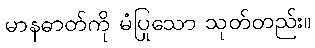
မာနဓာတ်ကို မံပြုသော သုတ်တည်း။